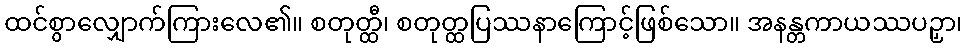
ထင်စွာလျှောက်ကြားလေ၏။ စတုတ္ထီ၊ စတုတ္ထပြဿနာကြောင့်ဖြစ်သော။ အနန္တကာယဿပဉှာ၊